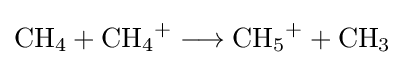
{\mathrm {CH} {\vphantom {A}}_{\smash[{t}]{4}}{}+{}\mathrm {CH} {\vphantom {A}}_{\smash[{t}]{4}}{\vphantom {A}}^{+}{}\mathrel {\longrightarrow } {}\mathrm {CH} {\vphantom {A}}_{\smash[{t}]{5}}{\vphantom {A}}^{+}{}+{}\mathrm {CH} {\vphantom {A}}_{\smash[{t}]{3}}}